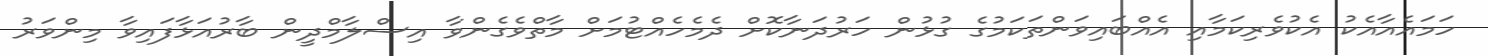
ހަމައެއާއެކު އެކުވެރިކަމާއި އެއްބައިވަންތަކަމުގެ ގުޅުން ހަރުދަނާކޮށް ދެމެހެއްޓުމަށް މާތްވެގެންވާ އިސްލާމްދީން ބާރުއަޅާފައިވާ މިންވަރު